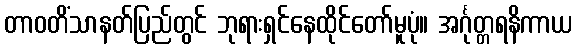
တာဝတိံသာနတ်ပြည်တွင် ဘုရားရှင်နေထိုင်တော်မူပုံ။ အင်္ဂုတ္တရနိကာယ